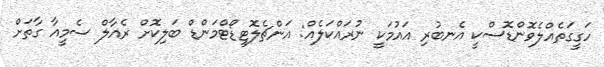
ހަގީގަތެއްލެވޮންޑޮސްކީ އެނބުރި އައުމަކީ ނުރައްކަލެއް: އަންޗެލޮޓީޑޯޓްމަންޑް ބަލިކޮށް ރެއާލް ސެމީއާ ގާތަށް